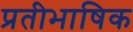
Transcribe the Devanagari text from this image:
प्रतीभाषिक